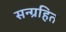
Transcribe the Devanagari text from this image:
सन्ग्रहित